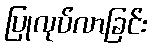
ပြုလုပ်လာခြင်း